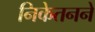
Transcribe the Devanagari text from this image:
निकेतनने